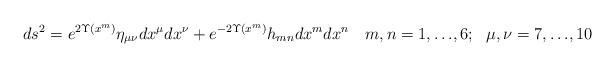
\begin{align*}ds^2 = e^{2\Upsilon(x^m)}\eta_{\mu\nu}dx^{\mu}dx^{\nu} + e^{-2\Upsilon(x^m)}h_{mn}dx^mdx^n\quad m,n = 1, {\ldots}, 6;\ \ \mu , \nu = 7, {\ldots}, 10\end{align*}